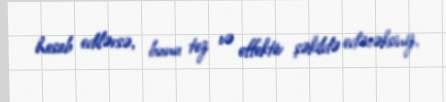
hesab edilərsə, bunu tez və effektiv şəkildə edəcəksiniz.